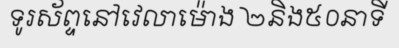
ទូរស័ព្ទនៅវេលាម៉ោង ២និង៥០នាទី